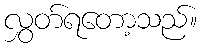
လွှတ်ရတော့သည်။